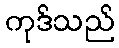
ကုဒ်သည်